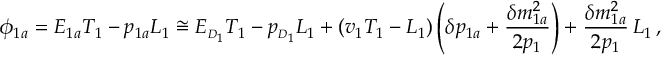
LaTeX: \phi _ { 1 a } = E _ { 1 a } T _ { 1 } - p _ { 1 a } L _ { 1 } \cong E _ { \scriptscriptstyle D _ { 1 } } T _ { 1 } - p _ { \scriptscriptstyle D _ { 1 } } L _ { 1 } + ( v _ { 1 } T _ { 1 } - L _ { 1 } ) \left( \delta p _ { 1 a } + \frac { \delta m _ { 1 a } ^ { 2 } } { 2 p _ { 1 } } \right) + \frac { \delta m _ { 1 a } ^ { 2 } } { 2 p _ { 1 } } \, L _ { 1 } \, ,